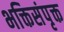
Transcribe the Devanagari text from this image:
भक्तिसंपृक्त